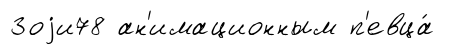
Зоjи78 ан'имационным п'евца́